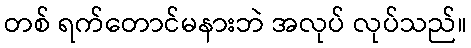
တစ် ရက်တောင်မနားဘဲ အလုပ် လုပ်သည်။